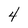
Character: 4